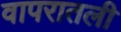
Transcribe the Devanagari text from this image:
वापरातली